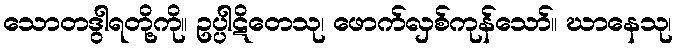
သောတဒွါရတို့ကို။ ဥပ္ပါဋိတေသု၊ ဖောက်လှစ်ကုန်သော်။ ဃာနေသု၊